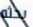
بحثه